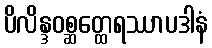
ပိလိန္ဒဝစ္ဆတ္ထေရဿာပဒါနံ